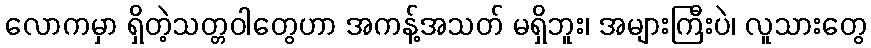
လောကမှာ ရှိတဲ့သတ္တဝါတွေဟာ အကန့်အသတ် မရှိဘူး၊ အများကြီးပဲ၊ လူသားတွေ